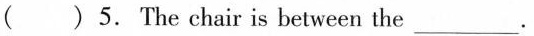
(_ )5.The chair is between the ___.